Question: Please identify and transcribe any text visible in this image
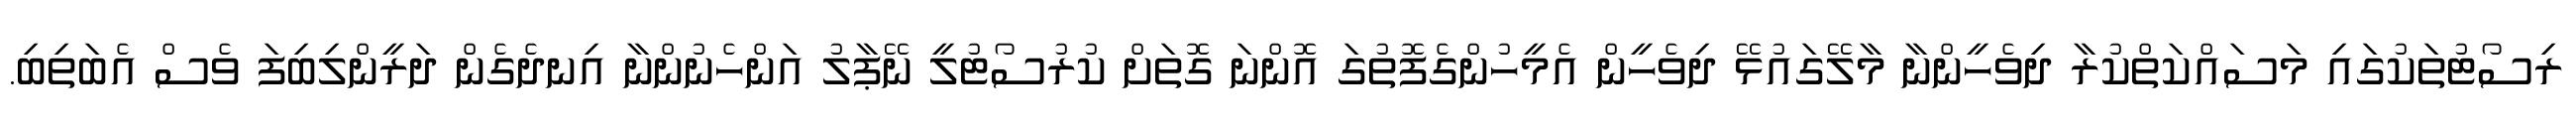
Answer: ރިސޯޓުތަކުގައި މަސައްކަތްކުރާ ދިވެހީންނާ މާލޭގައުޅޭ ދިވެހީން އެމީހުންގެފޮތުގަ އޮންނަ ގޮތަށް ކުރުސޯޓުލީ ނޭޕާލު އަންހެނުންނާ އިނދެގެން ދަރީންލިބިފަ ވެސް އެބަތިބި.